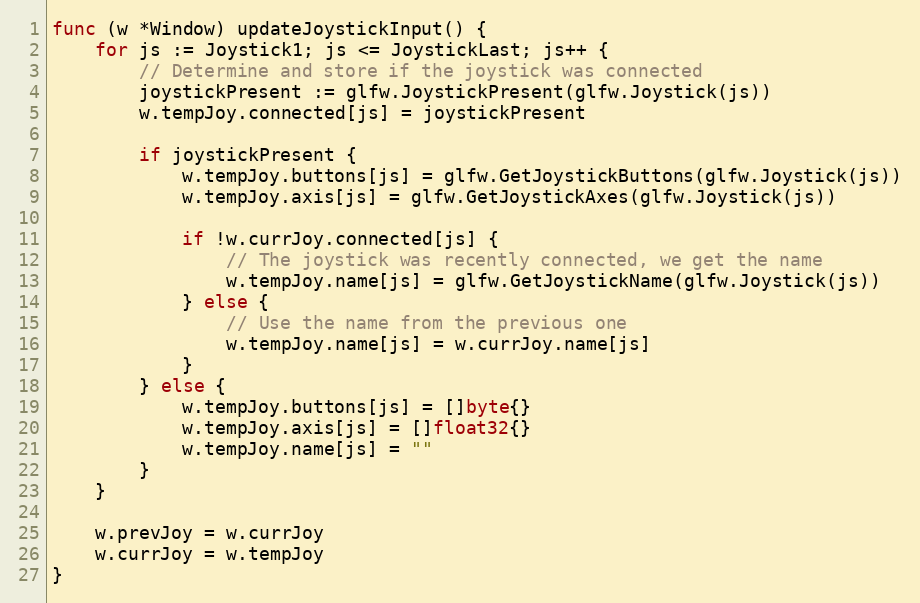
Language: Go
func (w *Window) updateJoystickInput() {
	for js := Joystick1; js <= JoystickLast; js++ {
		// Determine and store if the joystick was connected
		joystickPresent := glfw.JoystickPresent(glfw.Joystick(js))
		w.tempJoy.connected[js] = joystickPresent

		if joystickPresent {
			w.tempJoy.buttons[js] = glfw.GetJoystickButtons(glfw.Joystick(js))
			w.tempJoy.axis[js] = glfw.GetJoystickAxes(glfw.Joystick(js))

			if !w.currJoy.connected[js] {
				// The joystick was recently connected, we get the name
				w.tempJoy.name[js] = glfw.GetJoystickName(glfw.Joystick(js))
			} else {
				// Use the name from the previous one
				w.tempJoy.name[js] = w.currJoy.name[js]
			}
		} else {
			w.tempJoy.buttons[js] = []byte{}
			w.tempJoy.axis[js] = []float32{}
			w.tempJoy.name[js] = ""
		}
	}

	w.prevJoy = w.currJoy
	w.currJoy = w.tempJoy
}